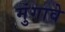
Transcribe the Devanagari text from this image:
मुंगावे